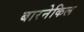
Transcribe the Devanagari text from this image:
बारनेकिल